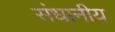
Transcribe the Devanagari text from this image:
संधानीय